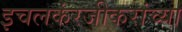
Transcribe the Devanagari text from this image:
इचलकंरजीकरांच्या